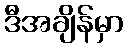
ဒီအချိန်မှာ